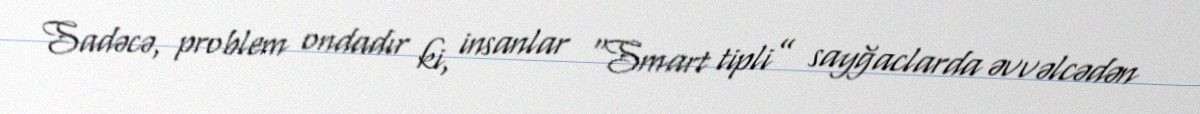
Sadəcə, problem ondadır ki, insanlar “Smart tipli” sayğaclarda əvvəlcədən